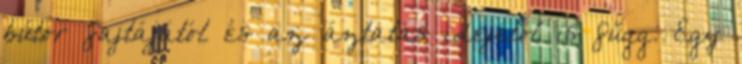
bútor fajtájától és az áztatás idejétől is függ. Egy